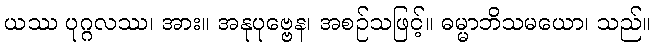
ယဿ ပုဂ္ဂလဿ၊ အား။ အနုပုဗ္ဗေန၊ အစဉ်သဖြင့်။ ဓမ္မာဘိသမယော၊ သည်။